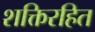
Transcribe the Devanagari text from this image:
शक्तिरहित